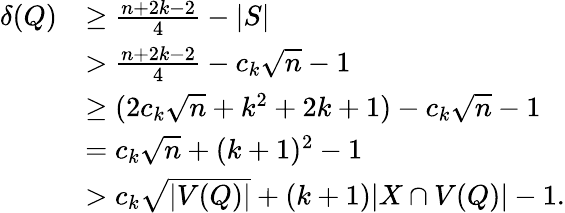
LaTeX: \begin{array}{rl}{\delta(Q)}&{\geq\frac{n+2k-2}{4}-|S|}\\ &{>\frac{n+2k-2}{4}-c_{k}\sqrt{n}-1}\\ &{\geq(2c_{k}\sqrt{n}+k^{2}+2k+1)-c_{k}\sqrt{n}-1}\\ &{=c_{k}\sqrt{n}+(k+1)^{2}-1}\\ &{>c_{k}\sqrt{|V(Q)|}+(k+1)|X\cap V(Q)|-1.}\end{array}